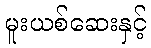
မူးယစ်ဆေးနှင့်